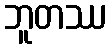
ဘူတဿ